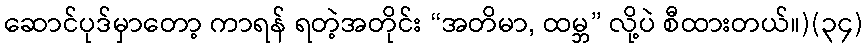
ဆောင်ပုဒ်မှာတော့ ကာရန် ရတဲ့အတိုင်း “အတိမာ, ထမ္ဘ” လို့ပဲ စီထားတယ်။)(၃၄)